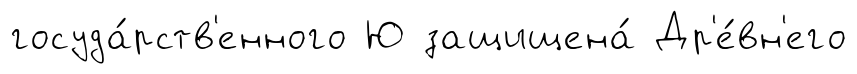
госуда́рств'енного Ю защищена́ Др'е́вн'его